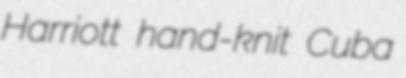
Harriott hand-knit Cuba